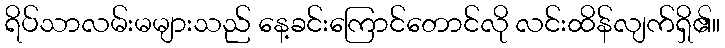
ရိပ်သာလမ်းမများသည် နေ့ခင်းကြောင်တောင်လို လင်းထိန်လျက်ရှိ၏။